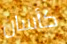
كأسان